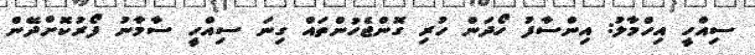
ސިއްހީ އިހްމާލު: އިންސާފު ހޯދަން ހުރި ގޮންޖެހުންތައް ގިނަ ސިއްހީ ސާމާނު ފޯރުކޮށްދޭން